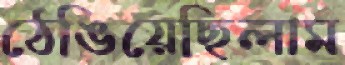
ঠেঙিয়েছিলাম